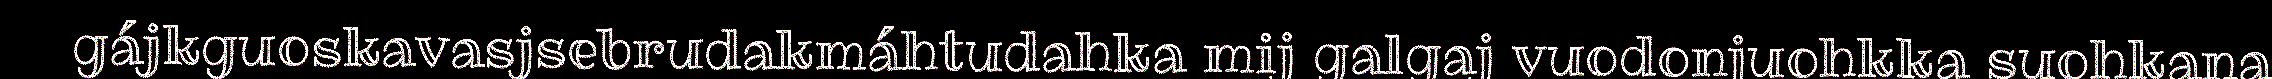
gájkguoskavasjsebrudakmáhtudahka mij galgaj vuodonjuohkka suohkana